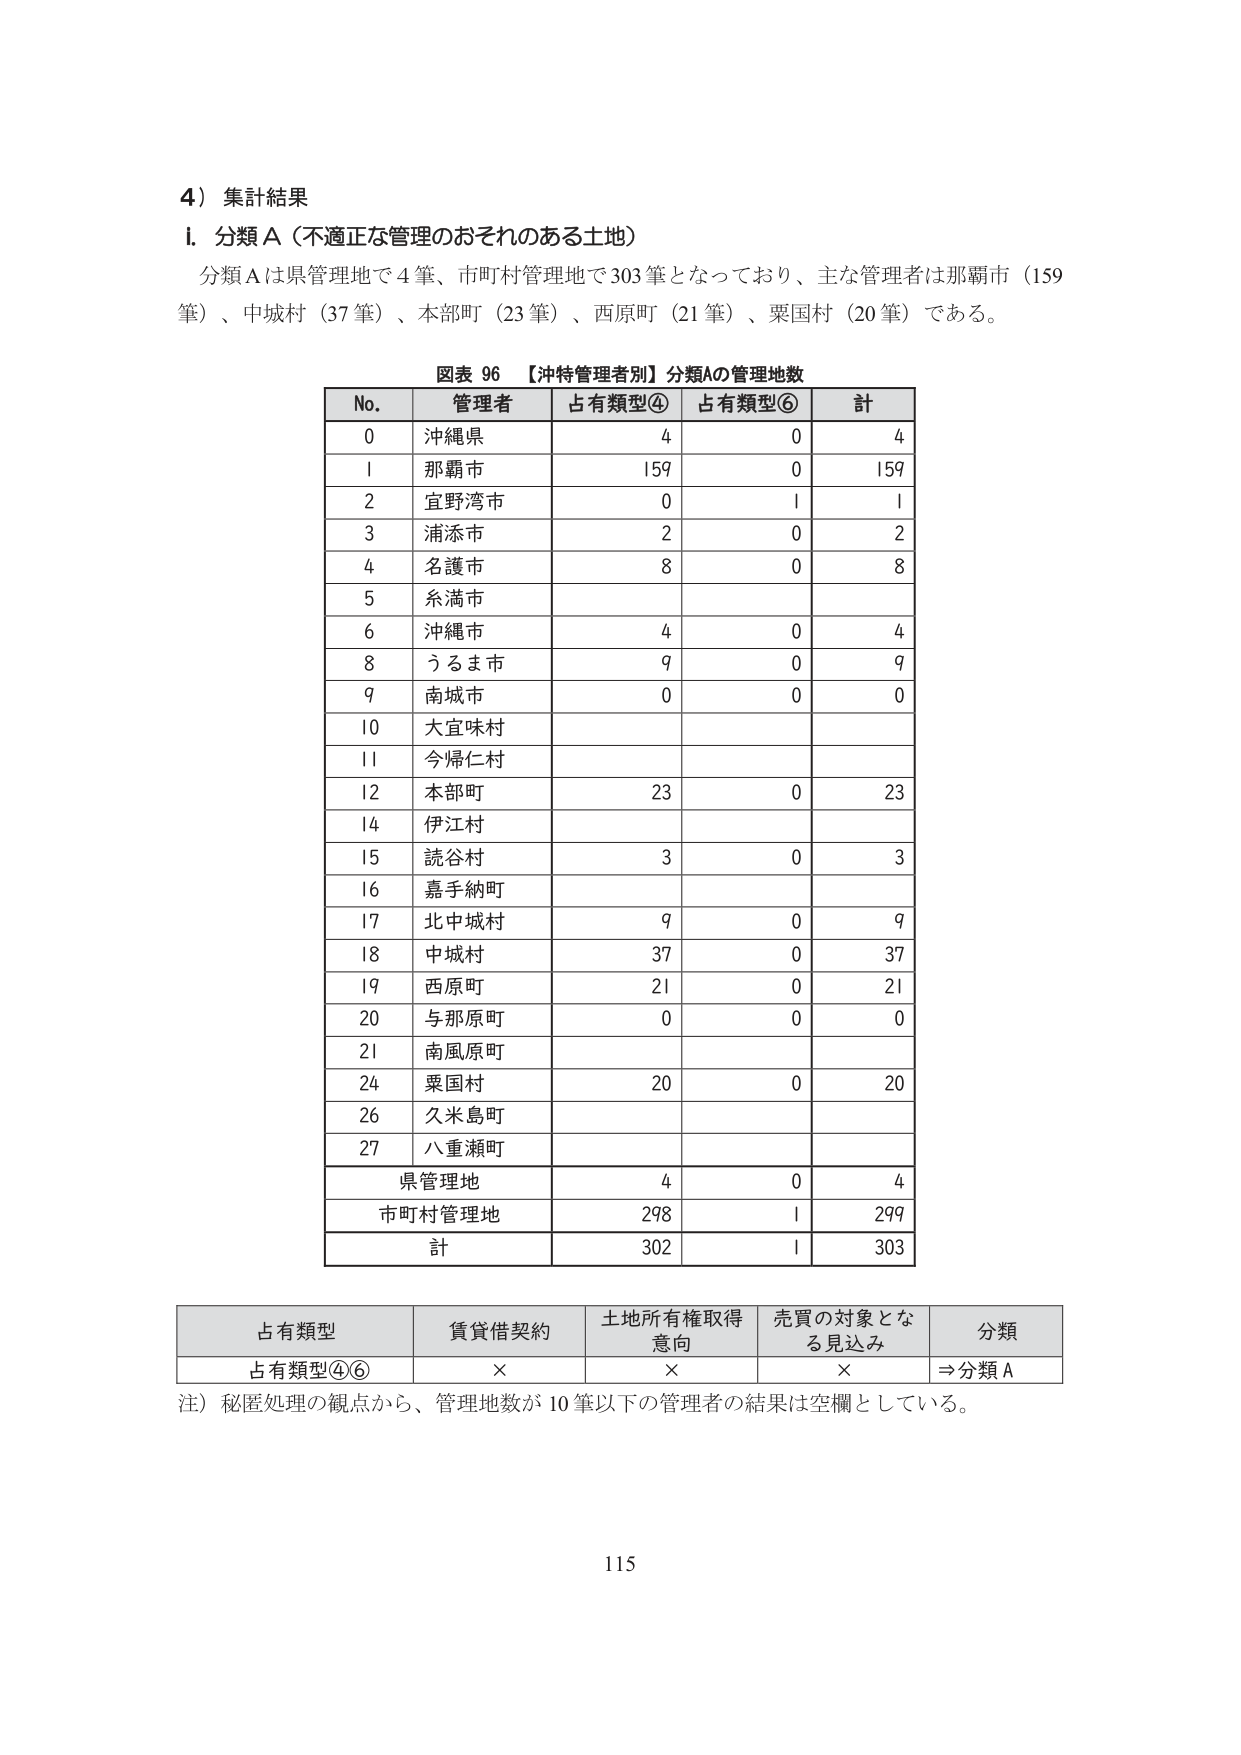
4）集計結果
ⅰ．分類Ａ（不適正な管理のおそれのある土地）
分類Ａは県管理地で４筆、市町村管理地で303筆となっており、主な管理者は那覇市（159筆）、中城村（37筆）、本部町（23筆）、西原町（21筆）、粟国村（20筆）である。

図表 96 【沖特管理者別】分類Aの管理地数
No. 管理者 占有類型④ 占有類型⑥ 計
0 沖縄県 4 0 4
1 那覇市 159 0 159
2 宜野湾市 0 1 1
3 浦添市 2 0 2
4 名護市 8 0 8
5 糸満市
6 沖縄市 4 0 4
8 うるま市 9 0 9
9 南城市 0 0 0
10 大宜味村
11 今帰仁村
12 本部町 23 0 23
14 伊江村
15 読谷村 3 0 3
16 嘉手納町
17 北中城村 9 0 9
18 中城村 37 0 37
19 西原町 21 0 21
20 与那原町 0 0 0
21 南風原町
24 粟国村 20 0 20
26 久米島町
27 八重瀬町
県管理地 4 0 4
市町村管理地 298 1 299
計 302 1 303

占有類型 賃貸借契約 土地所有権取得意向 売買の対象となる見込み 分類
占有類型④⑥ × × × ⇒分類Ａ

注）秘匿処理の観点から、管理地数が10筆以下の管理者の結果は空欄としている。

115